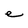
Character: e